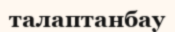
талаптанбау